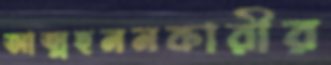
আত্মহননকারীর